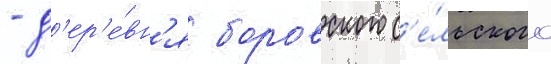
- д'ер'е́вн'я боровского с'е́льского